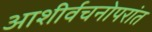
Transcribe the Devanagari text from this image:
आशीर्वचनोपरांत